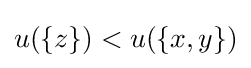
u(\{z\})<u(\{x,y\})